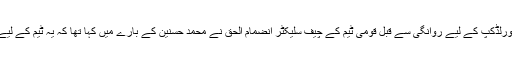
واضح رہے کہ پاکستان ٹیم کی ورلڈکپ کے لیے روانگی سے قبل قومی ٹیم کے چیف سلیکٹر انضمام الحق نے محمد حسنین کے بارے میں کہا تھا کہ یہ ٹیم کے لیے ایک سرپرائز پیکیج ثابت ہوگا۔